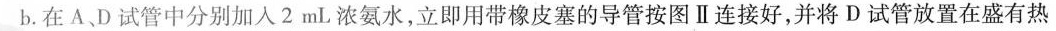
b.在A D试管中分别加入2mL浓氨水，立即用带橡皮塞的导管按图Ⅱ连接好，并将D试管放置在盛有热